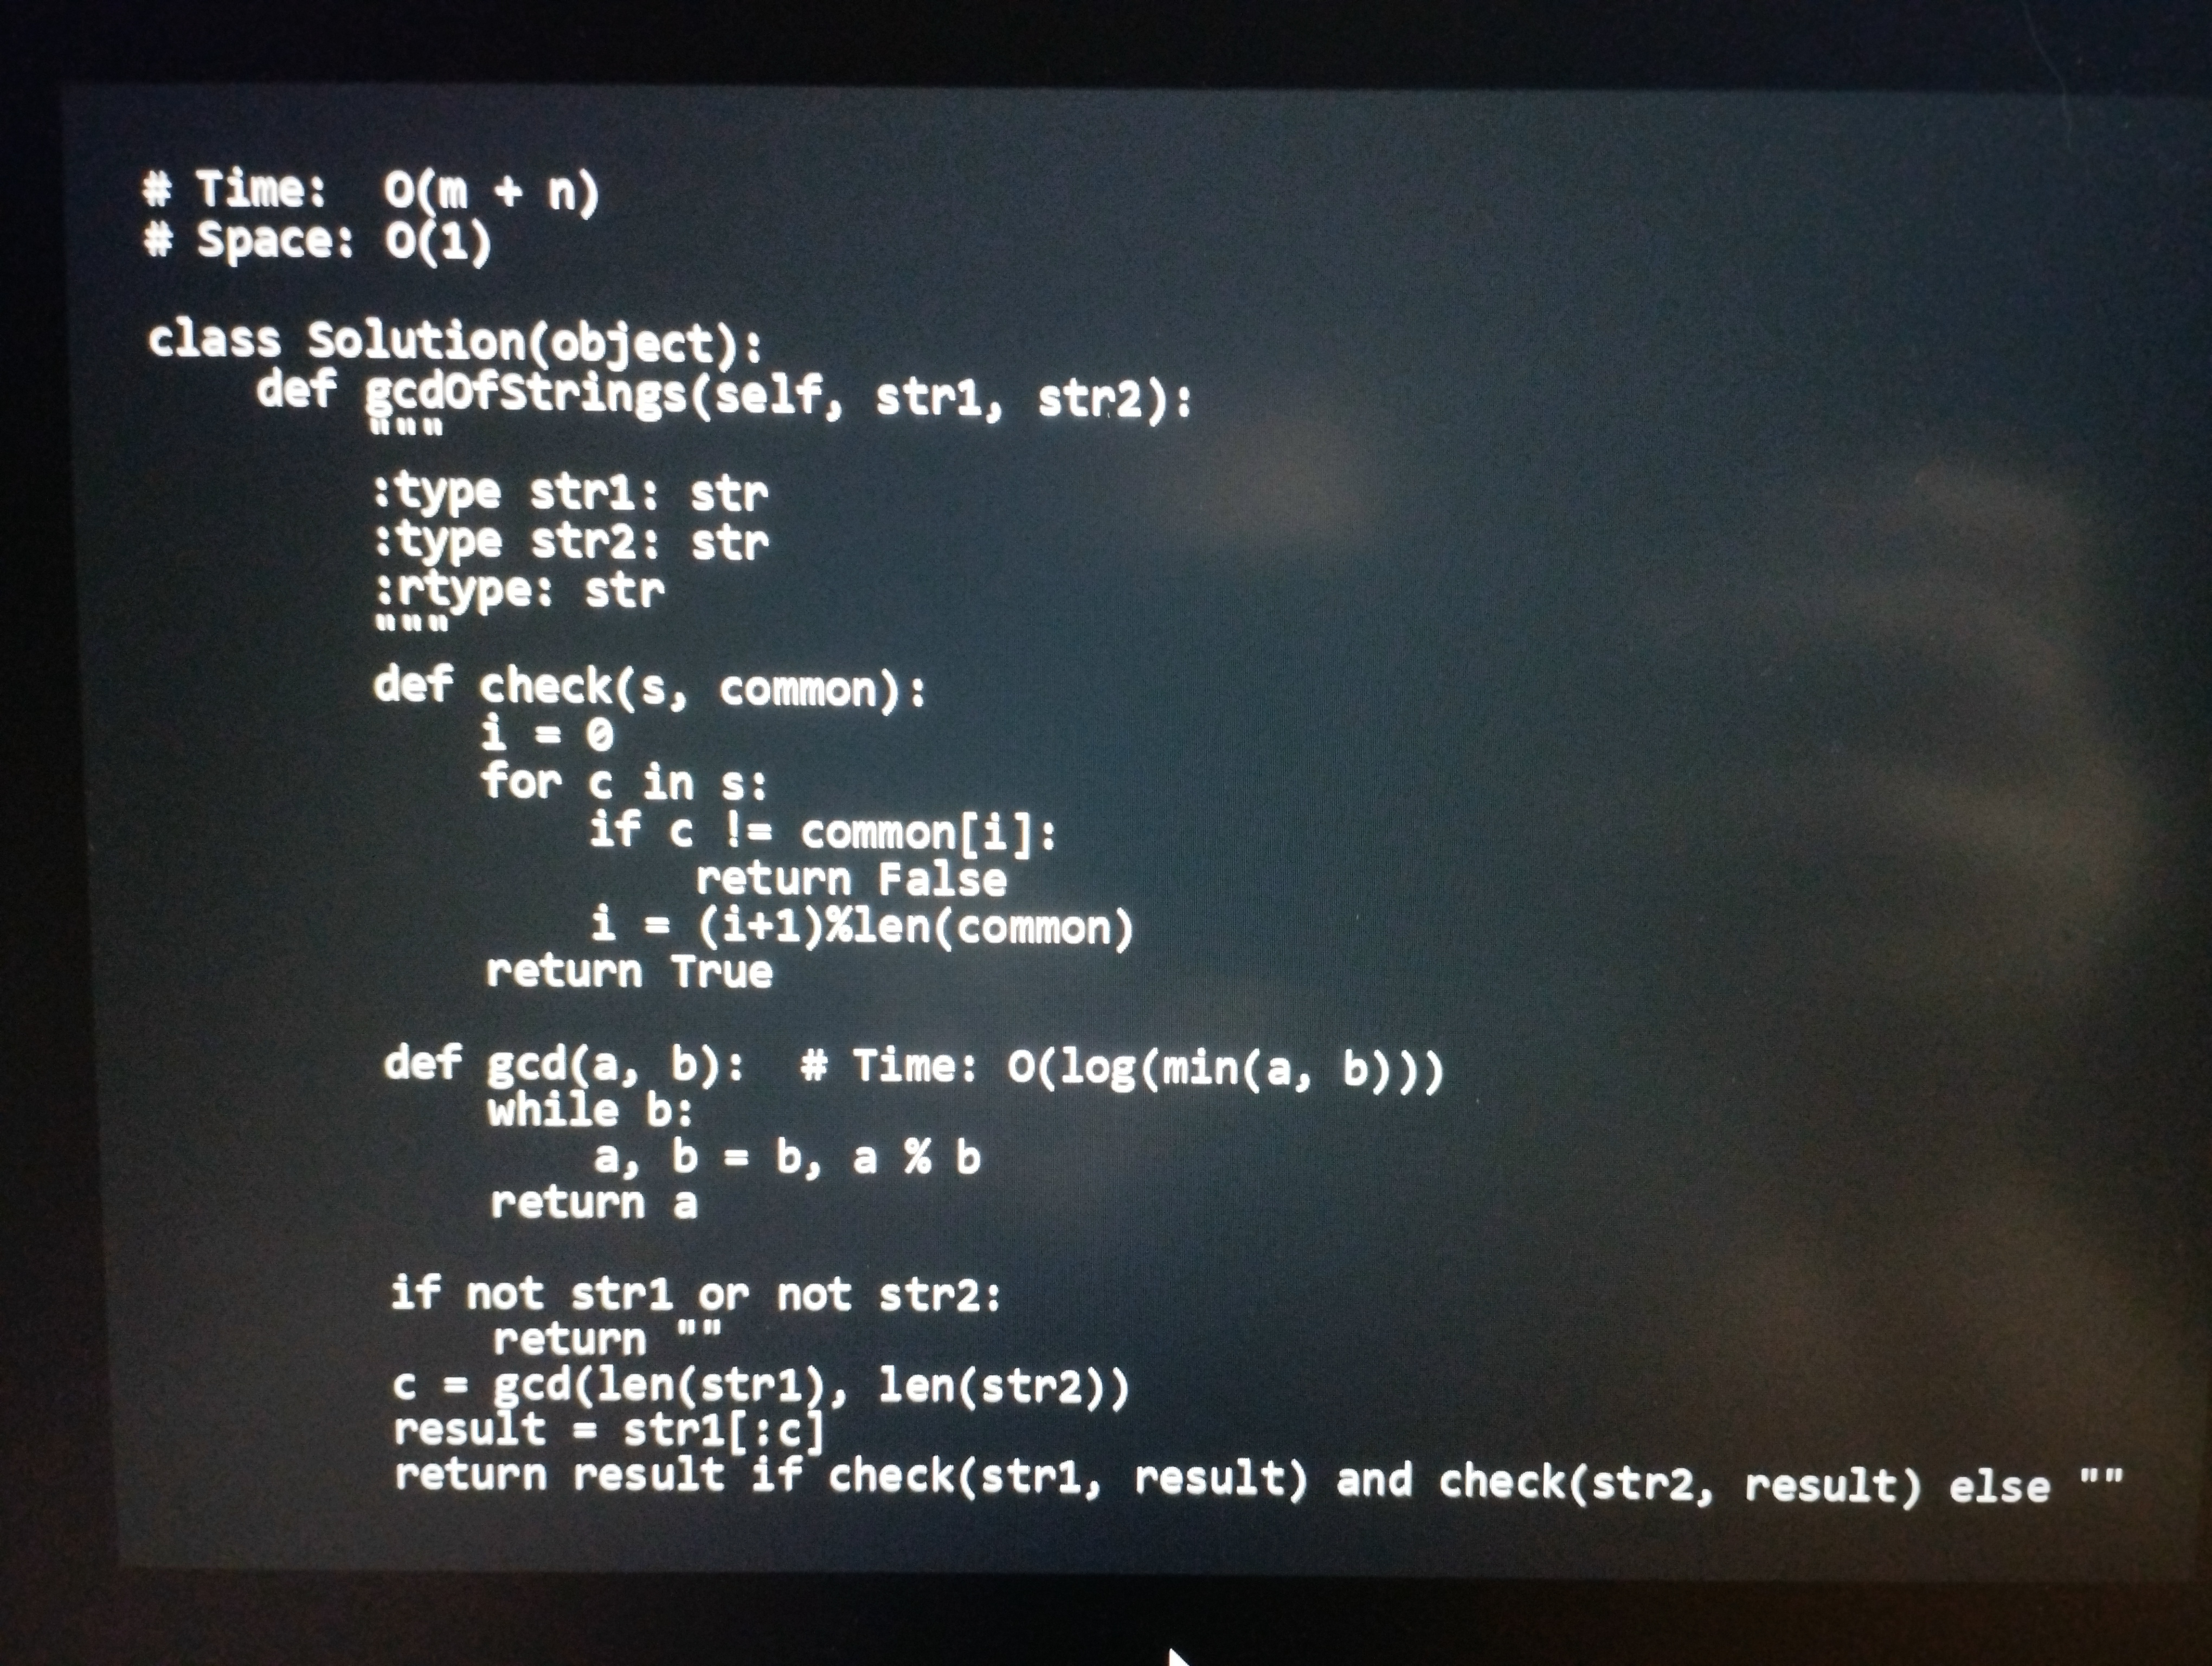
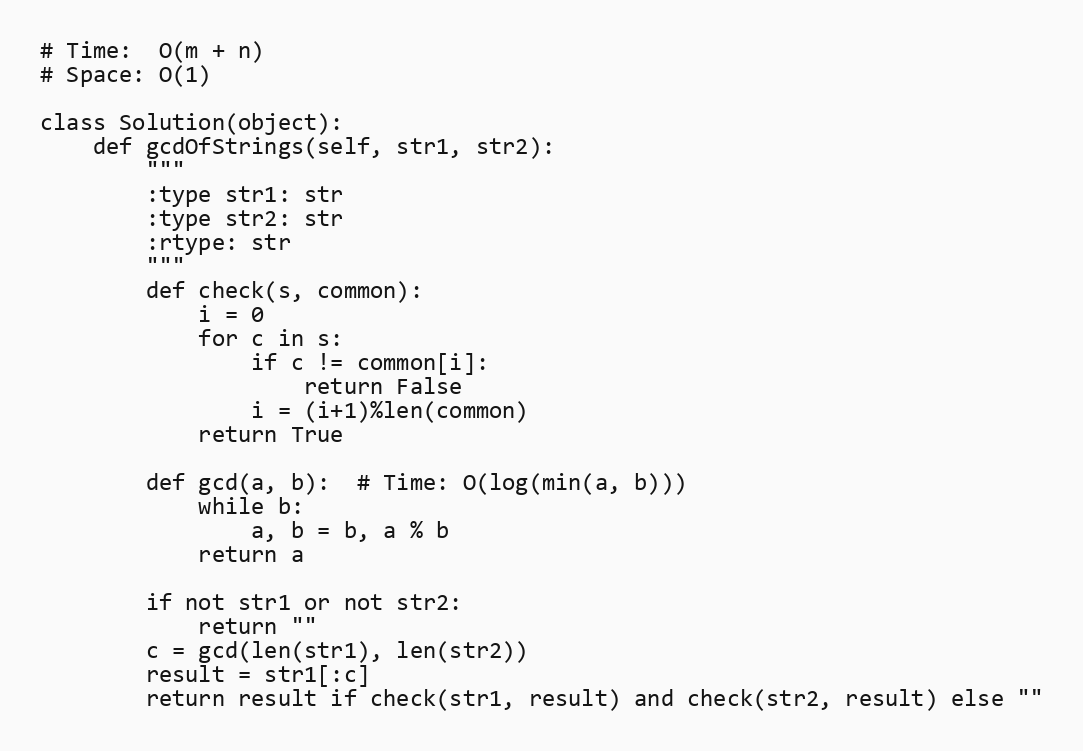
# Time:  O(m + n)
# Space: O(1)

class Solution(object):
    def gcdOfStrings(self, str1, str2):
        """
        :type str1: str
        :type str2: str
        :rtype: str
        """
        def check(s, common):
            i = 0
            for c in s:
                if c != common[i]:
                    return False
                i = (i+1)%len(common)
            return True

        def gcd(a, b):  # Time: O(log(min(a, b)))
            while b:
                a, b = b, a % b
            return a

        if not str1 or not str2:
            return ""
        c = gcd(len(str1), len(str2))
        result = str1[:c]
        return result if check(str1, result) and check(str2, result) else ""